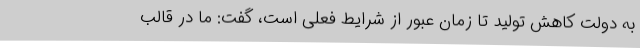
به دولت کاهش تولید تا زمان عبور از شرایط فعلی است، گفت: ما در قالب